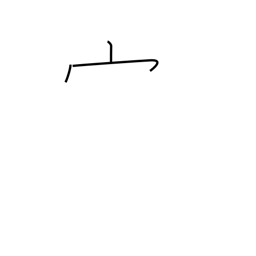
Meaning: shaped crown